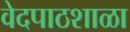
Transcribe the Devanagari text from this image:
वेदपाठशाळा